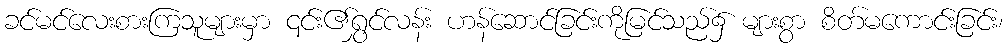
ခင်မင်လေးစားကြသူများမှာ ၎င်း၏ရွှင်လန်း ဟန်ဆောင်ခြင်းကိုမြင်သည်၌ များစွာ စိတ်မကောင်းခြင်း၊